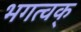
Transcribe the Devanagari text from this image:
भगत्वक्